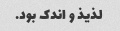
لذیذ و اندک بود.